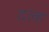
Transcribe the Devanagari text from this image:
दल्ह